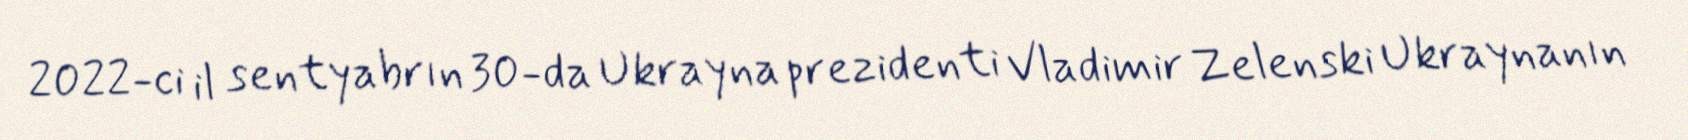
2022-ci il sentyabrın 30-da Ukrayna prezidenti Vladimir Zelenski Ukraynanın